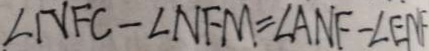
\angle N F C - \angle N F M = \angle A N F - \angle E N F